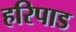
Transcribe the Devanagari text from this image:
हरिपाड